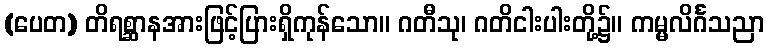
(ပေတ) တိရစ္ဆာနအားဖြင့်ပြားရှိကုန်သော။ ဂတီသု၊ ဂတိငါးပါးတို့၌။ ကမ္မလိင်္ဂသညာ